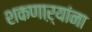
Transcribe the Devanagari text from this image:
शकणाऱ्यांना